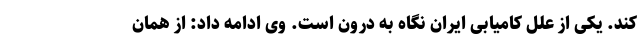
کند. یکی از علل کامیابی ایران نگاه به درون است. وی ادامه داد: از همان